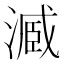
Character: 𣻟